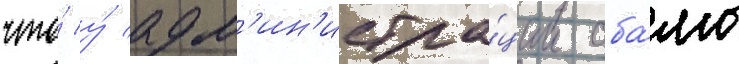
что́ у́ адм'ин'истра́ции оба́мы